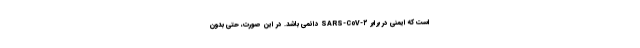
است که ایمنی در برابر SARS-CoV-۲ دائمی باشد. در این صورت، حتی بدون